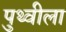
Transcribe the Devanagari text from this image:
पुथ्वीला